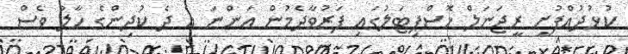
ކުޅުދުއްފުށީ ރީޖަނަލް ހޮސްޕިޓަލުގައި ފަރުވާދެމުން އަންނަ އެ ދެ ކުދިންގެ ހާލު ވެސް